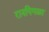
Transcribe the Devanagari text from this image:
रानपिगळा